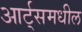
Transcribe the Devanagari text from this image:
आर्ट्‌समधील